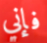
فإني